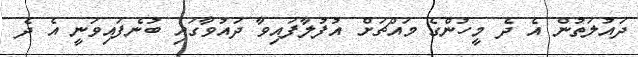
ދައުލަތުން އެ ދެ މީހުންގެ މައްޗަށް އުފުލާފައިވާ ދައުވާގައި ބުނެފައިވަނީ އެ ދެ